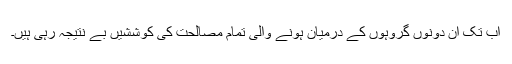
اب تک ان دونوں گروہوں کے درمیان ہونے والی تمام مصالحت کی کوششیں بے نتیجہ رہی ہیں۔